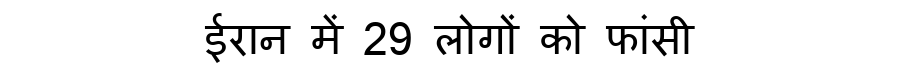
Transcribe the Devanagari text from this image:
ईरान में 29 लोगों को फांसी